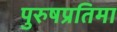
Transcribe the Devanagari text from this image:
पुरुषप्रतिमा